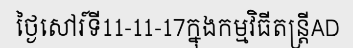
ថ្ងៃសៅរ៍ទី11-11-17ក្នុងកម្មវិធីតន្ត្រីAD